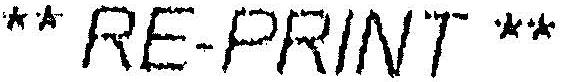
** RE-PRINT **